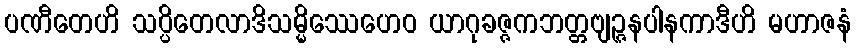
ပဏီတေဟိ သပ္ပိတေလာဒိသမ္မိဿေဟေဝ ယာဂုခဇ္ဇကဘတ္တဗျဉ္ဇနပါနကာဒီဟိ မဟာဇနံ